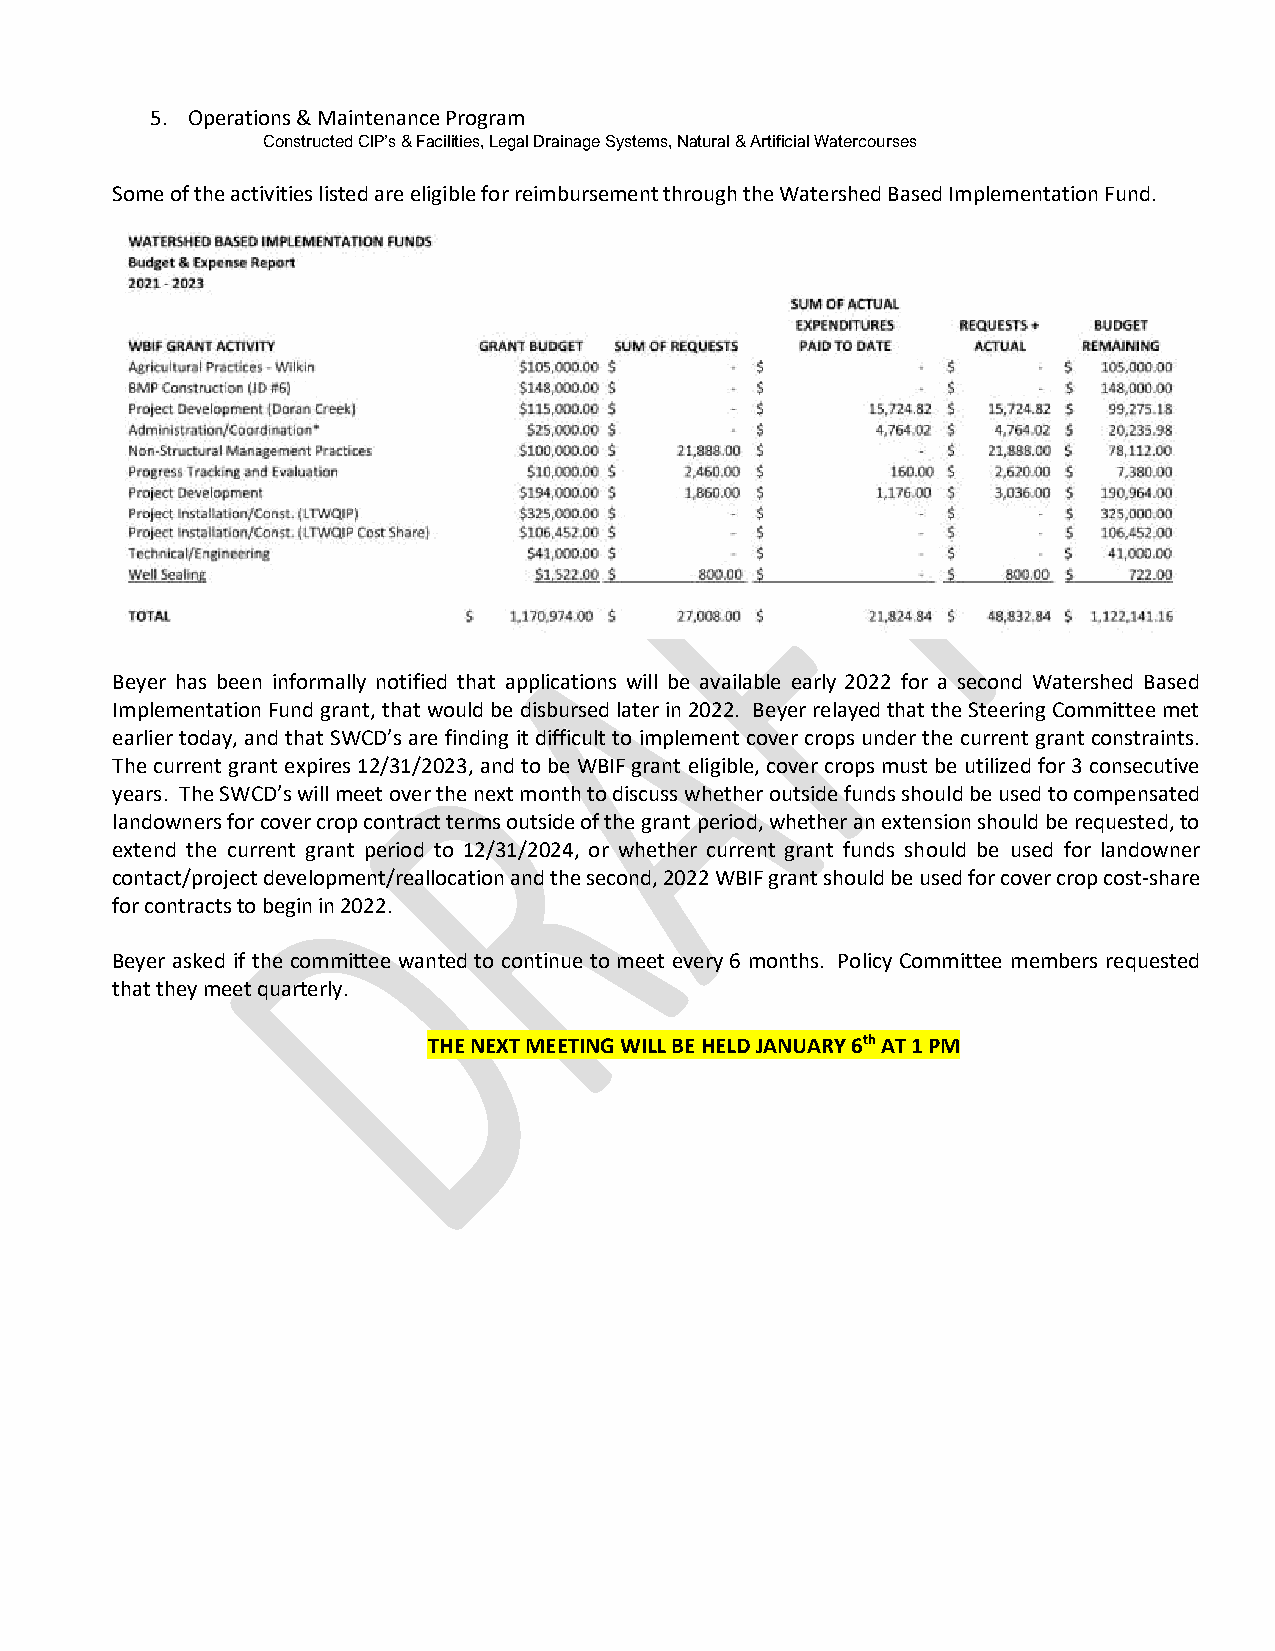
5. Operations & Maintenance Program
 Constructed CIP’s & Facilities, Legal Drainage Systems, Natural & Artificial Watercourses
 Some of the activities listed are eligible for reimbursement through the Watershed Based Implementation Fund.
 Beyer has been informally notified that applications will be available early 2022 for a second Watershed Based
 Implementation Fund grant, that would be disbursed later in 2022. Beyer relayed that the Steering Committee met
 earlier today, and that SWCD’s are finding it difficult to implement cover crops under the current grant constraints.
 The current grant expires 12/31/2023, and to be WBIF grant eligible, cover crops must be utilized for 3 consecutive
 years. The SWCD’s will meet over the next month to discuss whether outside funds should be used to compensated
 landowners for cover crop contract terms outside of the grant period, whether an extension should be requested, to
 extend the current grant period to 12/31/2024, or whether current grant funds should be used for landowner
 contact/project development/reallocation and the second, 2022 WBIF grant should be used for cover crop cost-share
 for contracts to begin in 2022.
 Beyer asked if the committee wanted to continue to meet every 6 months. Policy Committee members requested
 that they meet quarterly.
 THE NEXT MEETING WILL BE HELD JANUARY 6th AT 1 PM